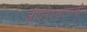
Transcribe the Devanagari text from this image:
जीएनएलएफची